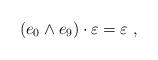
LaTeX: \begin{align*}\left( e_0 \wedge e_9\right) \cdot \varepsilon = \varepsilon~,\end{align*}